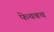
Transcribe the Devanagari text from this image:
फेचबच